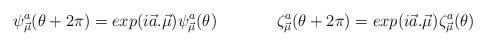
LaTeX: \begin{align*}\psi^a_{\vec{\mu}}(\theta+ 2\pi)=exp (i\vec{ a}. \vec{\mu}) \psi^a_{\vec{\mu}}(\theta) \hspace{.6in} \zeta^a_{\vec{\mu}}(\theta+ 2\pi)=exp(i \vec{a}. \vec{\mu}) \zeta^a_{\vec{\mu}} (\theta)\end{align*}